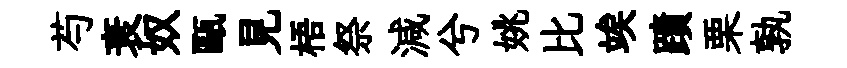
芍衰奴甌見梧祭減兮姚比竢蹟栗孰